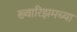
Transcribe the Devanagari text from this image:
ख्वारिझमच्या